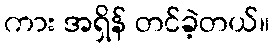
ကား အရှိန် တင်ခဲ့တယ်။